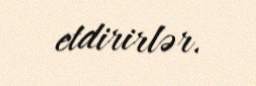
etdirirlər.